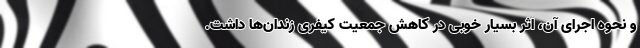
و نحوه اجرای آن، اثر بسیار خوبی در کاهش جمعیت کیفری زندان‌ها داشت.